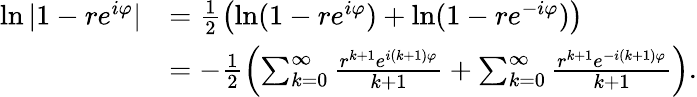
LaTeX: \begin{array}{rl}{\ln|1-re^{i\varphi}|}&{=\frac{1}{2}\left(\ln(1-re^{i\varphi})+\ln(1-re^{-i\varphi})\right)}\\ &{=-\frac{1}{2}\left(\sum_{k=0}^{\infty}\frac{r^{k+1}e^{i(k+1)\varphi}}{k+1}+\sum_{k=0}^{\infty}\frac{r^{k+1}e^{-i(k+1)\varphi}}{k+1}\right).}\end{array}